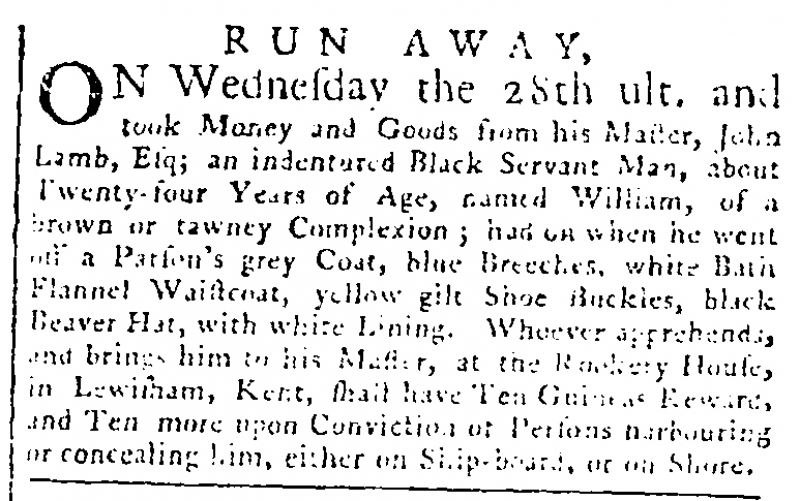
Lloyd’s Evening Post, 3 December 1770 (England)
        RUN AWAY,ON Wednesday the 28th ult. and took Money and Goods from his Master, John Lamb, Esq; an indentured Black Servant Man, about Twenty-four Years of Age, named William, of a brown or tawney Complexion; had on when he went off a Parson’s grey Coat, blue Breeches, white Bath Flannel Waistcoat, yellow gilt Shoe Buckles, black Beaver Hat, with white Lining. Whoever apprehends, and brings him to his Master, at the Rookery House, in Lewisham, Kent, shall have Ten Guineas Reward, and Ten more upon Conviction of Persons harbouring or concealing him, either on Ship-board, or on Shore.